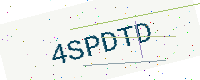
Text: 4SPDTD